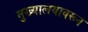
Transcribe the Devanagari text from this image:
मुख्यालयावरून